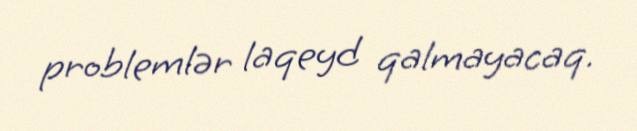
problemlər laqeyd qalmayacaq.